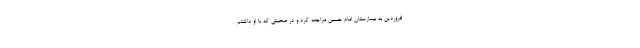
فروردین به بیمارستان امام حسین مراجعه کرد و در صحبتی که با او داشتم